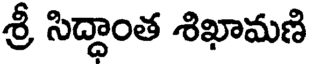
శ్రీ సిద్ధాంత శిఖామణి